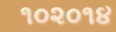
૧૦૨૦૧૪